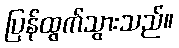
ပြန်ထွက်သွားသည်။